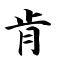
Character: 肯